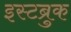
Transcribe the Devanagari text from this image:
इस्टब्रुक